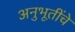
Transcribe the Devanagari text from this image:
अनुभूतींचे